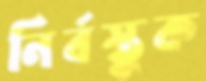
নির্বস্তুক